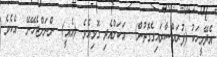
އެދޭމީހަކު (ފުރައްސާރައިގެގޮތުން)  އަކަށްއެދި ގޮވިއެވެ. (އެއީ)  ންނަށްޖެހޭނޭ  އެކެވެ.